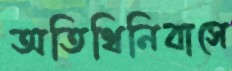
অতিথিনিবাসে